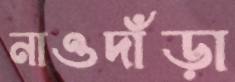
নাওদাঁড়া